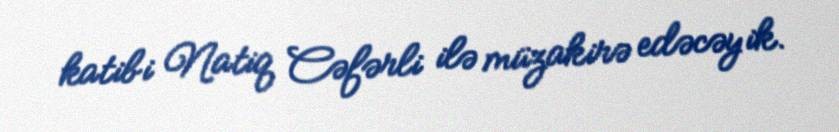
katibi Natiq Cəfərli ilə müzakirə edəcəyik.